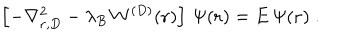
\left[ - \nabla _ { { \bf r } , { D } } ^ { 2 } - \lambda _ { B } \, W ^ { ( { D } ) } ( { \bf r } ) \right] \, \Psi ( { \bf r } ) = E \, \Psi ( { \bf r } ) \; .